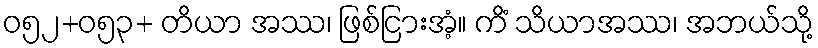
ဝ၅၂+၀၅၃+ တိယာ အဿ၊ ဖြစ်ငြားအံ့။ ကိံ သိယာအဿ၊ အဘယ်သို့